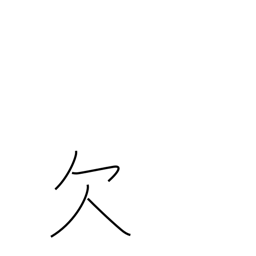
Meaning: lack